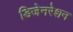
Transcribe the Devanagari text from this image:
डिजेनरेशन